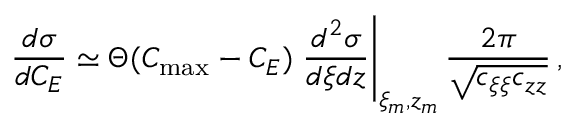
\frac { d \sigma } { d { C _ { E } } } \simeq \Theta ( C _ { \mathrm { m a x } } - C _ { E } ) \left. \frac { d ^ { 2 } \sigma } { d \xi d z } \right| _ { \xi _ { m } , z _ { m } } \frac { 2 \pi } { \sqrt { c _ { \xi \xi } c _ { z z } } } \, ,